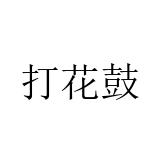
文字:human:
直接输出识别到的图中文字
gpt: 打花鼓